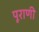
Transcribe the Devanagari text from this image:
पूराणी